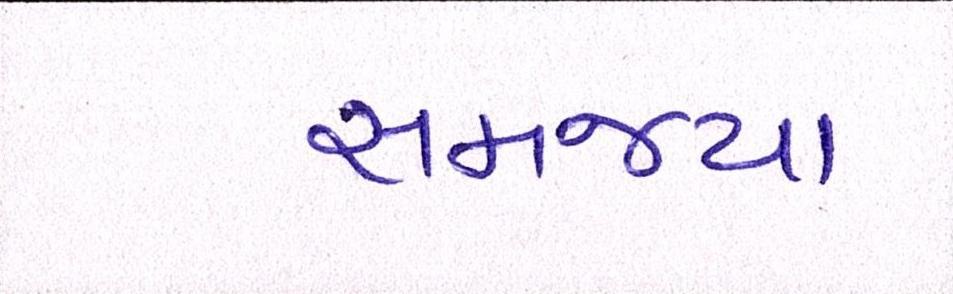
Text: સમજ્યા